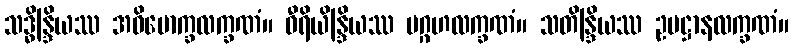
သဒ္ဓိန္ဒြိယဿ အဓိမောက္ခလက္ခဏံ။ ဝီရိယိန္ဒြိယဿ ပဂ္ဂဟလက္ခဏံ။ သတိန္ဒြိယဿ ဥပဋ္ဌာနလက္ခဏံ။